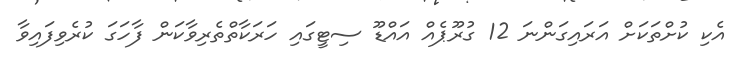
އެކި ކުށްތަކަށް އަރައިގަންނަ 12 ގުރޫޕެއް އައްޑޫ ސިޓީގައި ހަރަކާތްތެރިވާކަން ފާހަގަ ކުރެވިފައިވާ